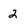
Character: 2